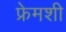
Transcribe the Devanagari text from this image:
फ्रेमशी